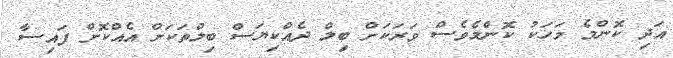
އަދި ކޮންމެ މަހަކު ކޮންމެވެސް ވަރަކަށް ބިލް ދެއްކިޔަސް ބިލްތަކަށް އެއްކޮށް ފައިސާ